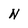
Character: N